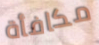
مكافأة